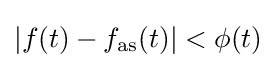
|f(t)-f_{\mathrm {as} }(t)|<\phi (t)